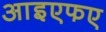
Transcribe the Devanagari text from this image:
आइएफए